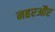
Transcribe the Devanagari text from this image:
नहरऔर